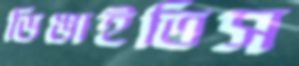
ডিঙাইতিস